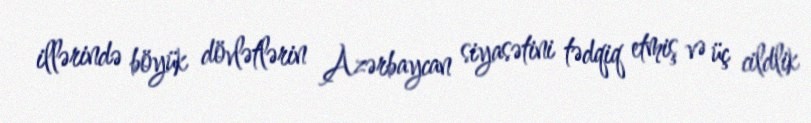
illərində böyük dövlətlərin Azərbaycan siyasətini tədqiq etmiş və üç cildlik